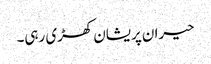
حیران پریشان کھڑی رہی۔